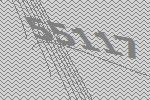
55117